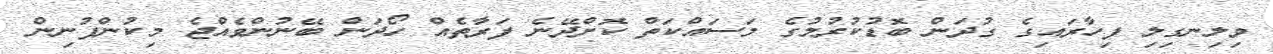
ވިލިނގިލި ފިހާރައިގެ ގުދަން ބޮޑުކުރުމުގެ މަސައްކަތް ކޮށްދޭނެ ފަރާތެއް ހޯދަން ބޭނުންވެއްޖެ މިކުންފުނިން